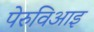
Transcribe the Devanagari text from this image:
पेरुविआइ